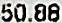
50.88